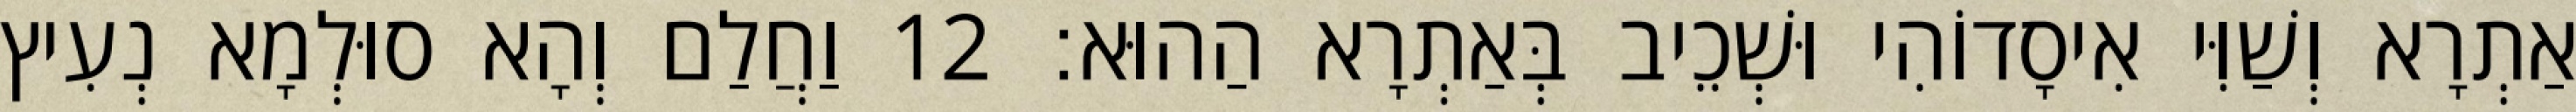
אַתְרָא וְשַׁוִּי אִיסָדוֹהִי וּשְׁכֵיב בְּאַתְרָא הַהוּא׃ 12 וַחֲלַם וְהָא סוּלְמָא נְעִיץ